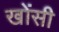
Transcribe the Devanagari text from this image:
खोंसी